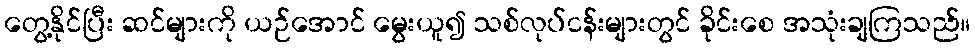
တွေ့နိုင်ပြီး ဆင်များကို ယဉ်အောင် မွေးယူ၍ သစ်လုပ်ငန်းများတွင် ခိုင်းစေ အသုံးချကြသည်။